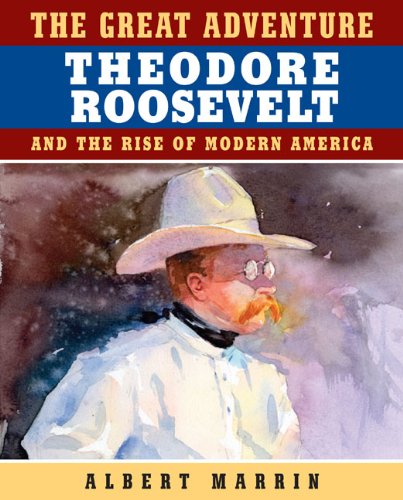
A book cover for The Great Adventure: Theodore Roosevelt and the Rise of Modern America; Albert Marrin; Teen & Young Adult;